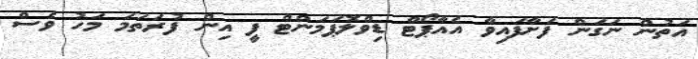
އަތުން ނަގަން ފަށާފައިވާ އެއާޕޯޓް ޑިވްލޮޕަމަންޓް ފީ އިން ފުރަތަމަ މަހު ވެސް